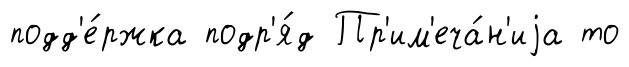
подд'е́ржка подр'я́д Пр'им'еча́н'иjа то